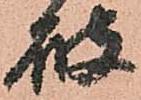
破